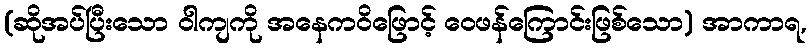
(ဆိုအပ်ပြီးသော ဝါကျကို အနေကဝိဖြောင့် ဝေဖန်ကြောင်းဖြစ်သော) အာကာရ,